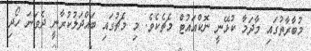
މުބާރާތުގައި މާދަމާ ކުޅޭނީ ނޮކްއައުޓް މެޗެކެވެ. މި މެޗުގައި ބައްދަލުކުރާނީ ދެވަނަ ހޯދި